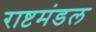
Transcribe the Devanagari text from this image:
राष्टमंडल